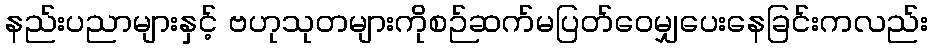
နည်းပညာများနှင့် ဗဟုသုတများကိုစဉ်ဆက်မပြတ်ဝေမျှပေးနေခြင်းကလည်း